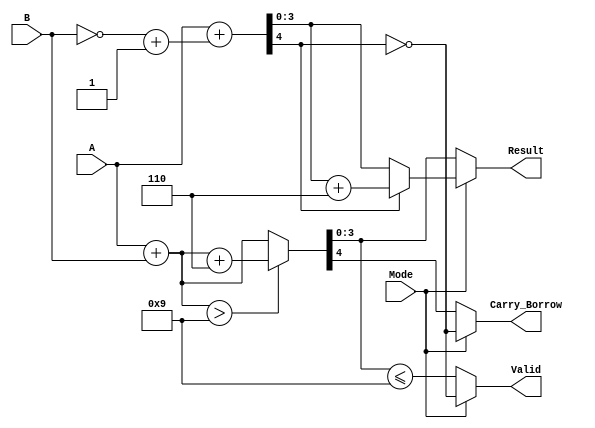
module BCD_Add_Subtracter (
    input wire [3:0] A,        // First BCD operand
    input wire [3:0] B,        // Second BCD operand
    input wire Mode,           // Mode: 0 for addition, 1 for subtraction
    output reg [3:0] Result,   // BCD result
    output reg Carry_Borrow,    // Carry out or borrow
    output reg Valid           // Valid BCD output
);

    wire [4:0] Sum;           // 5-bit to accommodate carry
    wire [4:0] Sub;           // 5-bit for subtraction
    wire [4:0] CorrectedSum;  // Corrected sum for BCD
    wire [4:0] CorrectedSub;  // Corrected subtraction for BCD

    // Binary Adder for addition
    assign Sum = A + B;

    // Binary Adder for subtraction (A - B = A + (~B + 1))
    assign Sub = A + (~B + 4'b0001);

    // BCD Correction Logic for Addition
    assign CorrectedSum = (Sum > 4'b1001) ? (Sum + 4'b0110) : Sum;

    // BCD Correction Logic for Subtraction
    assign CorrectedSub = (Sub[4] == 1'b1) ? (Sub + 4'b0110) : Sub; // If negative, add 6 for borrow correction

    always @(*) begin
        if (Mode == 1'b0) begin // Addition
            Result = CorrectedSum[3:0];
            Carry_Borrow = CorrectedSum[4]; // Carry out
            Valid = (Result <= 4'b1001); // Check if result is valid BCD
        end else begin // Subtraction
            Result = CorrectedSub[3:0];
            Carry_Borrow = ~Sub[4]; // Borrow out (1 if no borrow)
            Valid = (Sub[4] == 1'b0); // Check if result is valid BCD (not negative)
        end
    end

endmodule